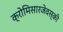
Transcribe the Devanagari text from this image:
क्रोमिसारजेवस्की